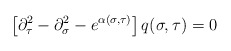
\begin{align*}\left[\partial^2_{\tau} -\partial^2_{\sigma} - e^{\alpha(\sigma,\tau)}\right]q(\sigma , \tau) = 0\end{align*}